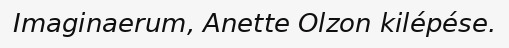
Imaginaerum, Anette Olzon kilépése.